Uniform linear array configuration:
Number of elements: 32
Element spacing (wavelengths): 0.75
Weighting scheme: kaiser
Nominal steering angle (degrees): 60
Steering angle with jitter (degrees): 61.347
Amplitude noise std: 0.05
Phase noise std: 0.05

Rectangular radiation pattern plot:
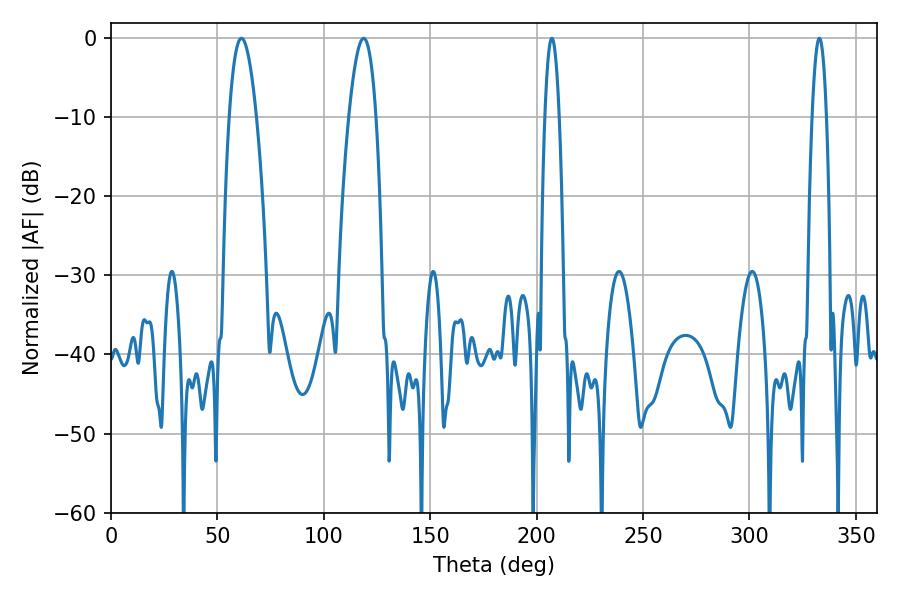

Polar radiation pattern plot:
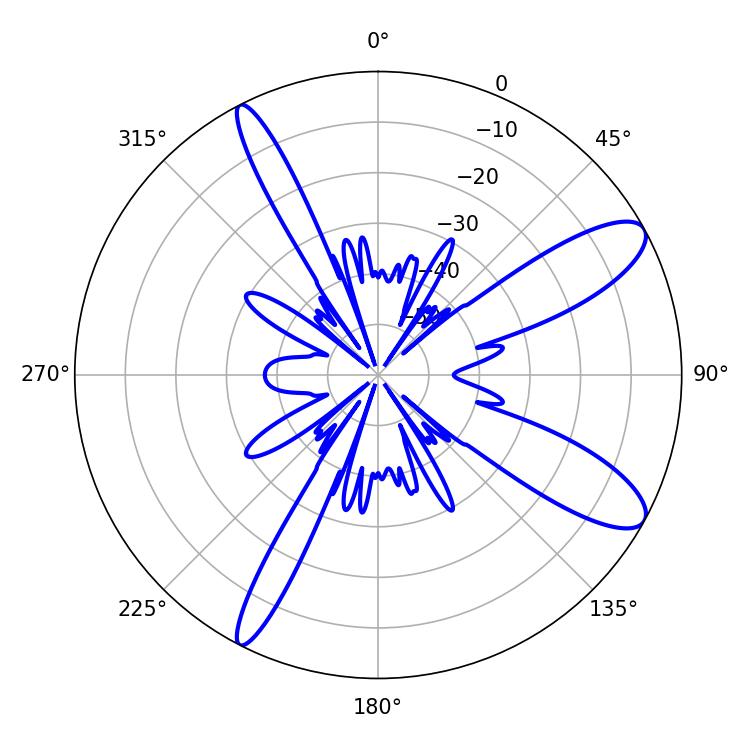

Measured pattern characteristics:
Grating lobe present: TRUE
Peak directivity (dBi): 10.759
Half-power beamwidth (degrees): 3.6
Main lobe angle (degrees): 332.82